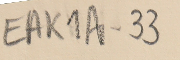
EAK1A-33